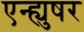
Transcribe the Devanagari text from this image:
एन्ह्युषर